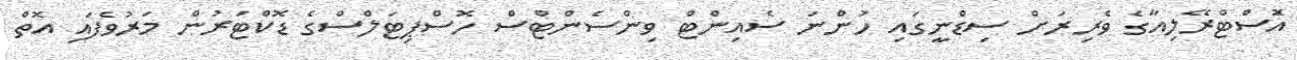
އޮަސްޓްރޭލިއާގެ ވެރިރަށް ސިޑްނީގައި ހުންނަ ސެއިންޓް ވިންސެންޓްސް ހޮސްޕިޓަލްސްގެ ޑޮކްޓަރުން މަރުވެފައި އޮތް